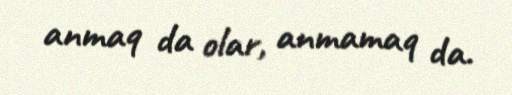
anmaq da olar, anmamaq da.